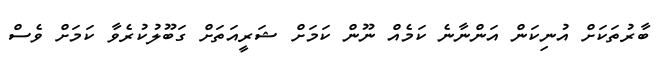
ބާރުތަކަށް އުނިކަން އަންނާނެ ކަމެއް ނޫން ކަމަށް ޝަރީއަތަށް ގަބޫލުކުރެވާ ކަމަށް ވެސް